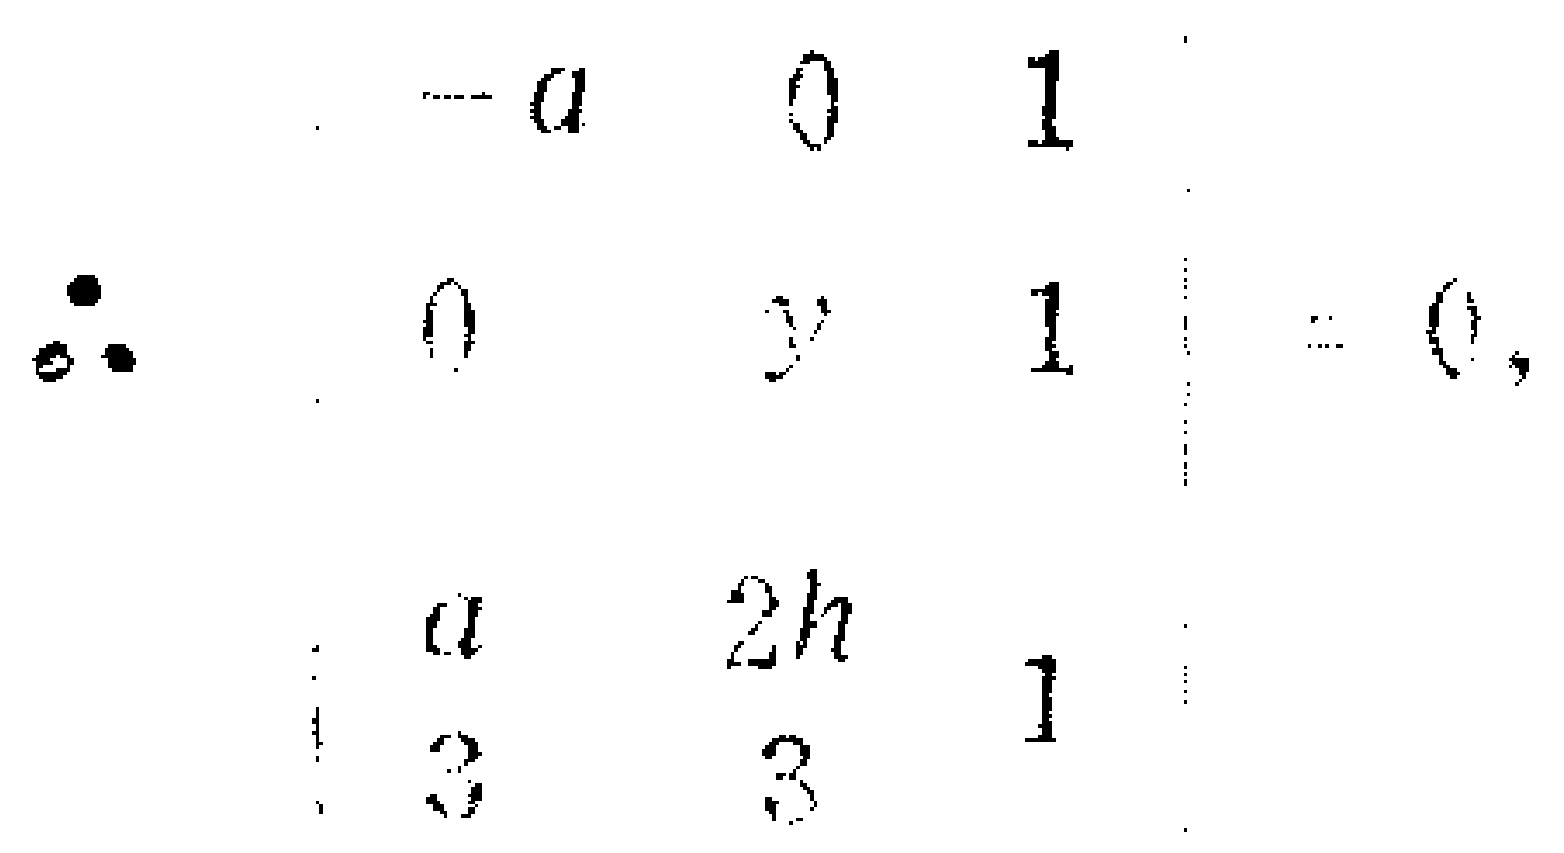
\[\therefore \begin{vmatrix}
-a&0&1\\
0&y&1\\
\frac{a}{3}&\frac{2h}{3}&1
\end{vmatrix}=0,\]